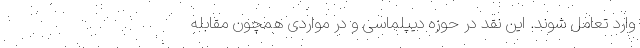
وارد تعامل شوند. این نقد در حوزه دیپلماسی و در مواردی همچون مقابله